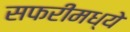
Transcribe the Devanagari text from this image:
सफरीमध्ये